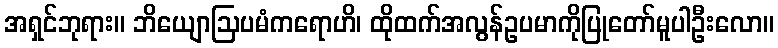
အရှင်ဘုရား။ ဘိယျောဩပမံကရောဟိ၊ ထိုထက်အလွန်ဥပမာကိုပြုတော်မူပါဦးလော။